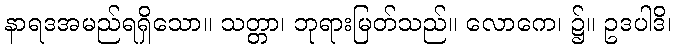
နာရဒအမည်ရရှိသော။ သတ္တာ၊ ဘုရားမြတ်သည်။ လောကေ၊ ၌။ ဥဒပါဒိ၊